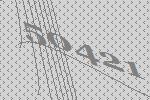
50421